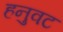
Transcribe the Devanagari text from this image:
हनुवट